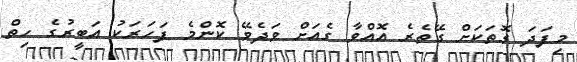
މިފަދަ ގޮތަކަށް ގޭތެރެ އޮއްވާ ގެއަށް ވަދެވޭ ކޮންމެ ފަހަރަކު އަބީރުގެ ހިތް